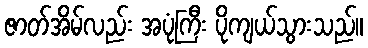
ဇာတ်အိမ်လည်း အပုံကြီး ပိုကျယ်သွားသည်။